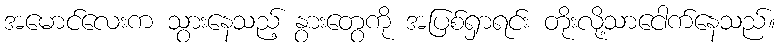
အမောင်လေးက သွားနေသည့် နွားတွေကို အပြစ်ရှာရင်း တိုးလို့သာငေါက်နေသည်။